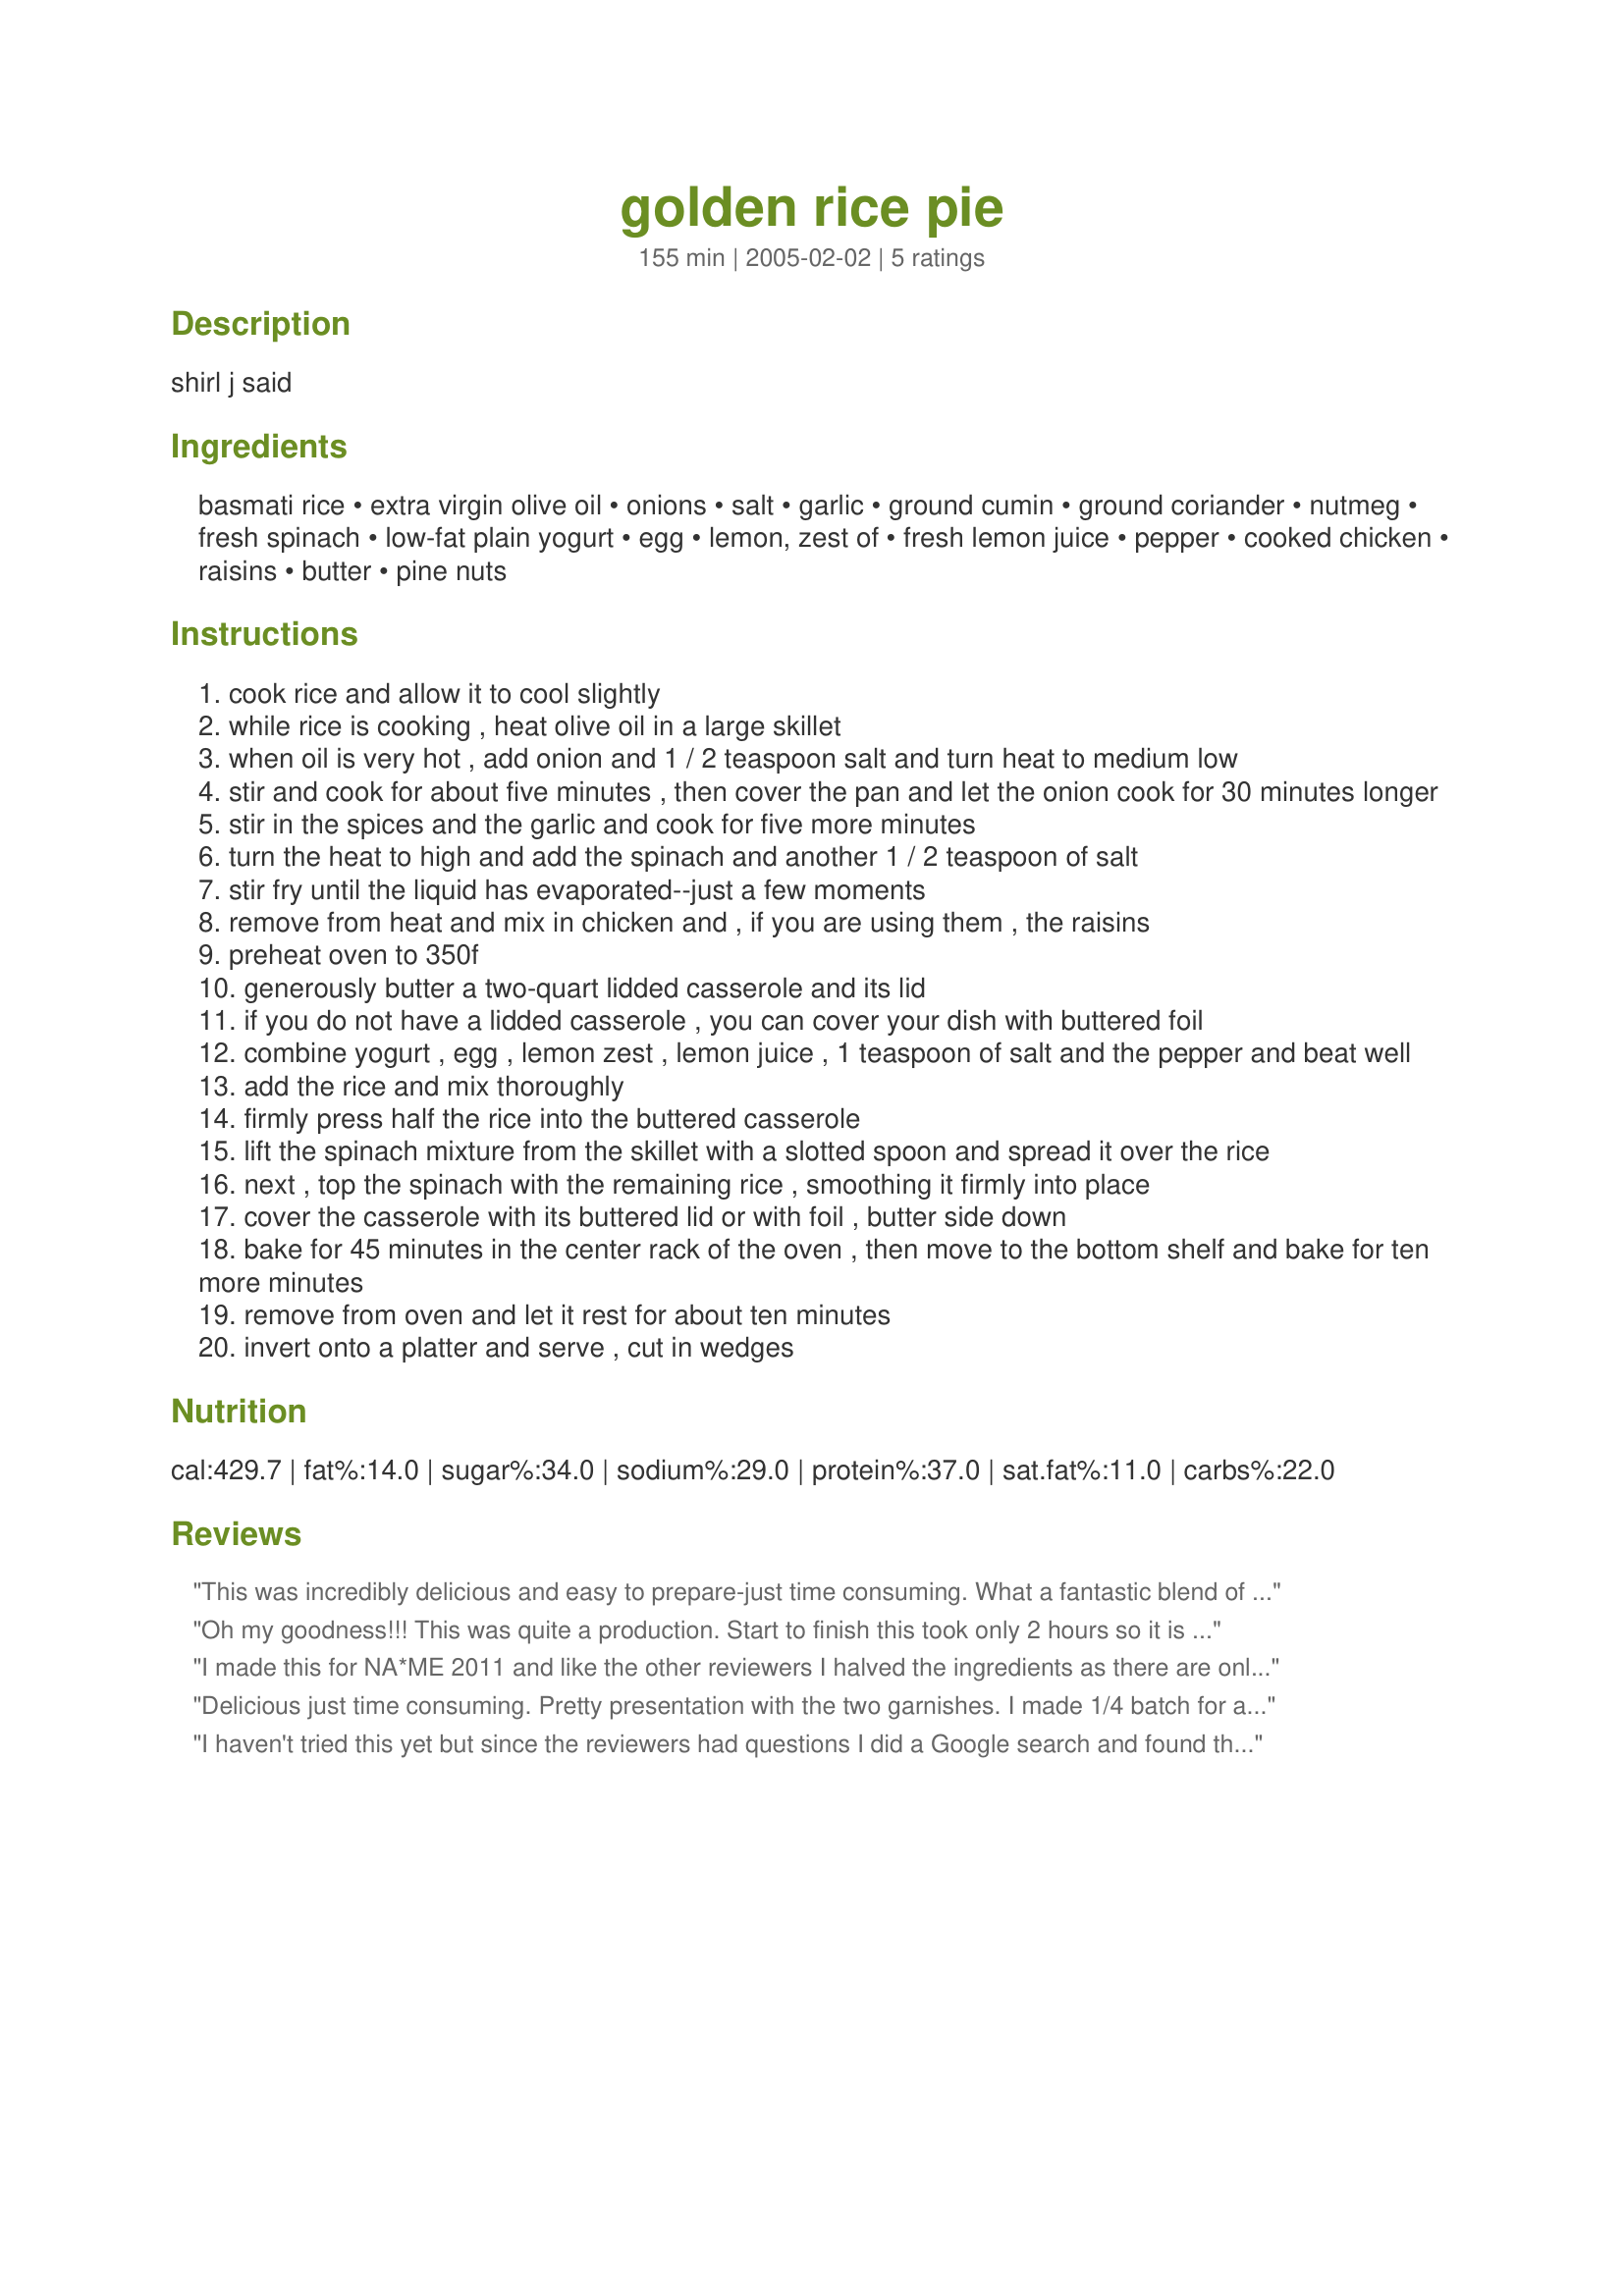
golden rice pie
Preparation time: 155 minutes

shirl j said

Ingredients:
basmati rice, extra virgin olive oil, onions, salt, garlic, ground cumin, ground coriander, nutmeg, fresh spinach, low-fat plain yogurt, egg, lemon, zest of, fresh lemon juice, pepper, cooked chicken, raisins, butter, pine nuts

Steps:
cook rice and allow it to cool slightly
while rice is cooking , heat olive oil in a large skillet
when oil is very hot , add onion and 1 / 2 teaspoon salt and turn heat to medium low
stir and cook for about five minutes , then cover the pan and let the onion cook for 30 minutes longer
stir in the spices and the garlic and cook for five more minutes
turn the heat to high and add the spinach and another 1 / 2 teaspoon of salt
stir fry until the liquid has evaporated--just a few moments
remove from heat and mix in chicken and , if you are using them , the raisins
preheat oven to 350f
generously butter a two-quart lidded casserole and its lid
if you do not have a lidded casserole , you can cover your dish with buttered foil
combine yogurt , egg , lemon zest , lemon juice , 1 teaspoon of salt and the pepper and beat well
add the rice and mix thoroughly
firmly press half the rice into the buttered casserole
lift the spinach mixture from the skillet with a slotted spoon and spread it over the rice
next , top the spinach with the remaining rice , smoothing it firmly into place
cover the casserole with its buttered lid or with foil , butter side down
bake for 45 minutes in the center rack of the oven , then move to the bottom shelf and bake for ten more minutes
remove from oven and let it rest for about ten minutes
invert onto a platter and serve , cut in wedges

Reviews:
This was incredibly delicious and easy to prepare-just time consuming.
What a fantastic blend of flavors: savory, sweet, tart... I did use only 3 cups COOKED rice as 3 cups uncooked would have meant 6 cups cooked and it wouldn't have been able to fit in a 2 quart casserole dish. I also omitted the chicken. Do simmer the onions for the entire 30 minutes. You will be rewarded with truly delicious caramelized onions. Garnished with toasted pine nuts. I have been looking at this recipe for a long time and finally decided to try it. I'm sorry I waited so long. Excellent directions. A really special recipe! Thanks for sharing. cg ;) PS I used organic frozen spinach from my desperate days back in fall due to the spinach scare. I was happy to make good use of the spinach.
Oh my goodness!!! This was quite a production. Start to finish this took only 2 hours so it is not as long as indicated. The last hour is cooking and waiting so you have plenty of time to clean up because you will dirty many dishes!! I have never made anything like this before. I loved it. The flavor was good, the lemony rice crust was perfect. Amazingly this did not fall apart when I turned it upside down. I did run a knife around the edge though. I made as indicated except I had to use frozen spinach as there is no fresh available. I did not put the raisins in and I used a 2 1/2 quart casserole. I don't think it will fit in a 2 quart. Thanks Chef Kate. This is the type of fun recipe that I like to make!!
I made this for NA*ME 2011 and like the other reviewers I halved the ingredients as there are only the four of us here at the moment and two of them are unbelievably picky eaters,,,but it was so tasty I have had requests to make it again. I think I shall wait until the whole family is here and I can make the full recipe and perhaps have a proper Middle Eastern banquet.
Delicious just time consuming. Pretty presentation with the two garnishes. I made 1/4 batch for a large bread loaf pan that would feed 2-3 people. I used white Basmati rice cooked with some butter & sea salt, unrefined extra virgin olive oil, sea salt, freshly ground coriander, allspice in place of nutmeg as we do not consume intoxicants, fresh baby spinach, a good 3% plain yogurt, freshly ground black pepper, no chicken, no optional raisins, fresh pomegranate seeds, plus the rest of the ingredients. I served it with recipe#219789 and Balkan (thick) yogurt for a filling vegetarian meal. I might make this again. Made for NA/ME TAG not sure what month.
I haven't tried this yet but since the reviewers had questions I did a Google search and found the original so I could figure out the details. The link is http://www.molliekatzen.com/recipes/recipe.php?recipe=rice_pie
